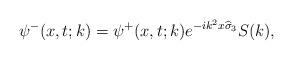
LaTeX: \begin{align*}\psi^-(x,t;k)=\psi^+(x,t;k)e^{-ik^2x\widehat{\sigma}_3}S(k),\end{align*}